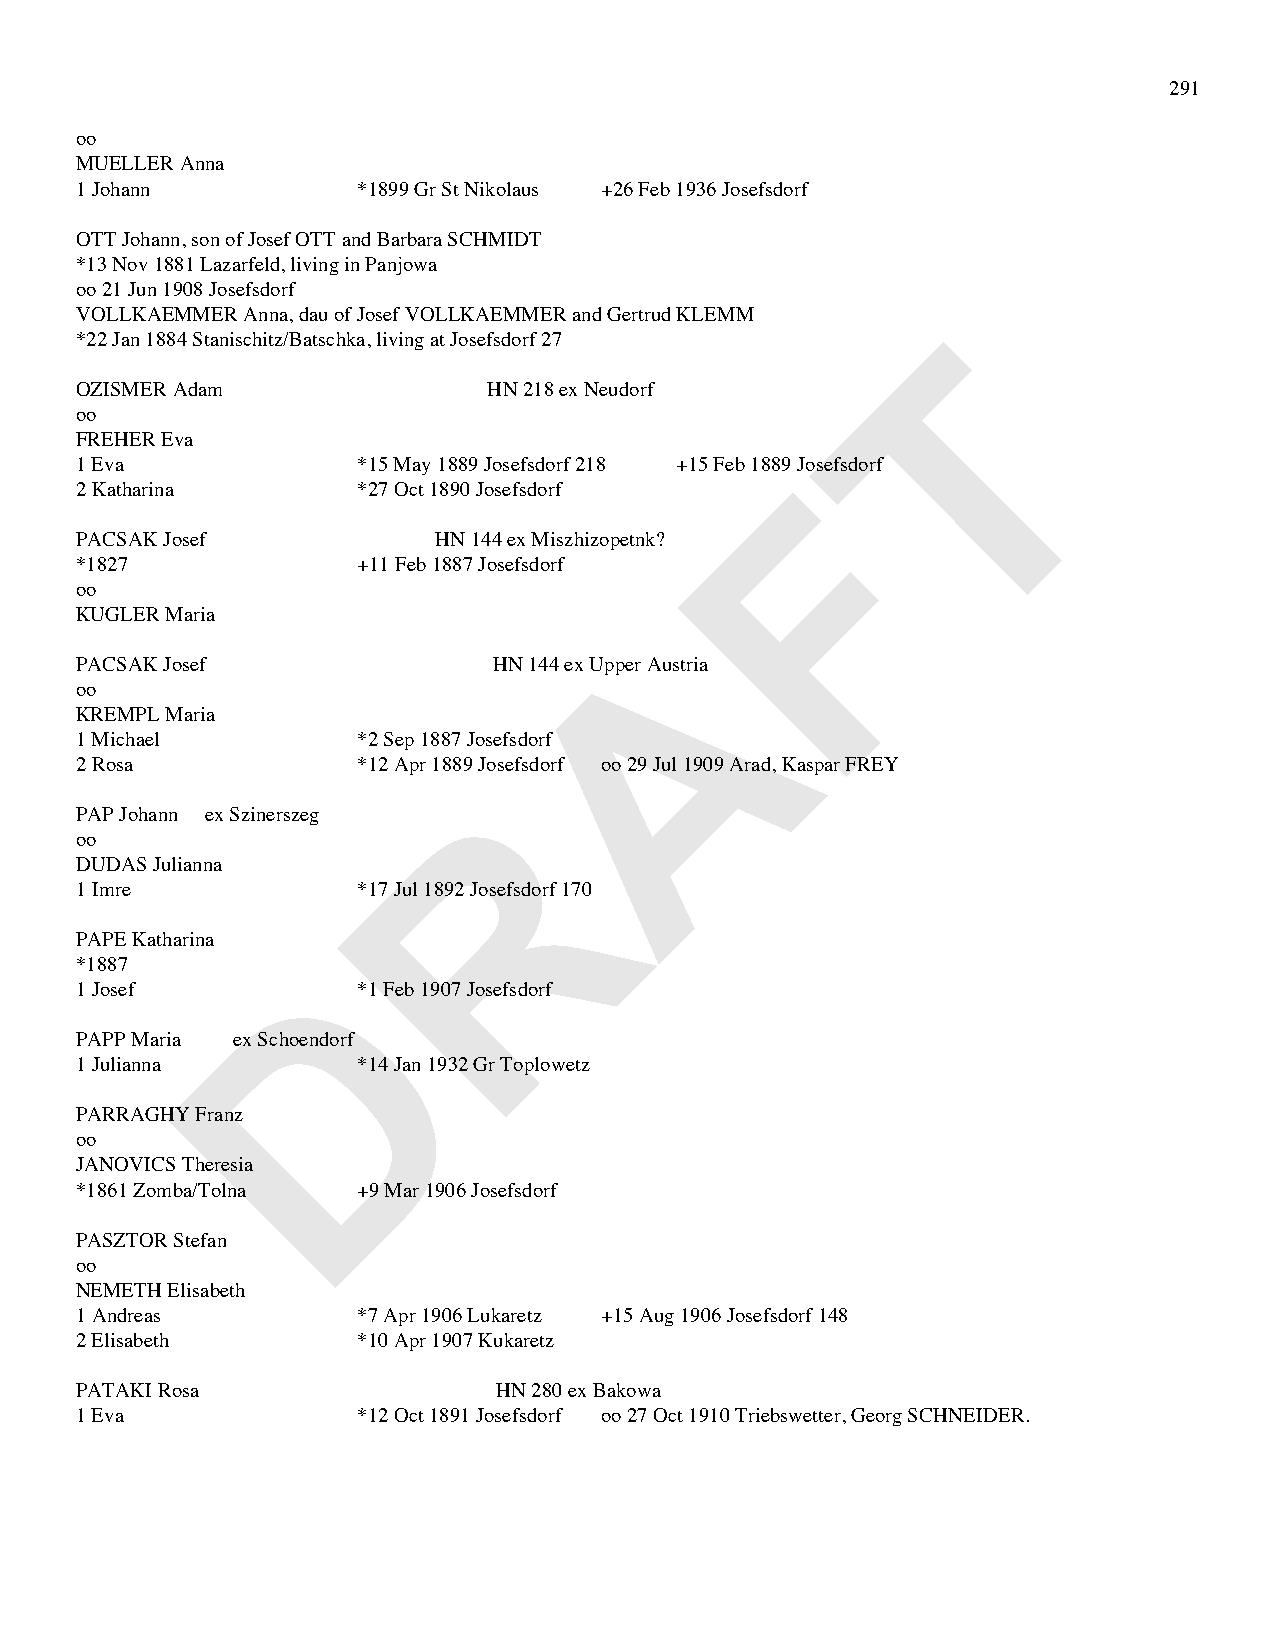
291
 oo
 MUELLER Anna
 1 Johann           *1899 Gr St Nikolaus +26 Feb 1936 Josefsdorf
 OTT Johann, son of Josef OTT and Barbara SCHMIDT
 *13 Nov 1881 Lazarfeld, living in Panjowa
 oo 21 Jun 1908 Josefsdorf
 VOLLKAEMMER Anna, dau of Josef VOLLKAEMMER and Gertrud KLEMM
 T
 *22 Jan 1884 Stanischitz/Batschka, living at Josefsdorf 27
 OZISMER Adam               HN 218 ex Neudorf
 oo
 FREHER Eva
 1 Eva              *15 May 1889 Josefsdorf 218 +15 Feb 1889F Josefsdorf
 2 Katharina        *27 Oct 1890 Josefsdorf
 PACSAK Josef            HN 144 ex Miszhizopetnk?
 *1827              +11 Feb 1887 Josefsdorf
 oo
 KUGLER Maria                         A
 PACSAK Josef                HN 144 ex Upper Austria
 oo
 KREMPL Maria
 1 Michael          *2 Sep 1887 Josefsdorf
 2 Rosa             *12 Apr 1889 Josefsdorf oo 29 Jul 1909 Arad, Kaspar FREY
 R
 PAP Johann ex Szinerszeg
 oo
 DUDAS Julianna
 1 Imre             *17 Jul 1892 Josefsdorf 170
 PAPE Katharina
 D
 *1887
 1 Josef            *1 Feb 1907 Josefsdorf
 PAPP Maria ex Schoendorf
 1 Julianna         *14 Jan 1932 Gr Toplowetz
 PARRAGHY Franz
 oo
 JANOVICS Theresia
 *1861 Zomba/Tolna  +9 Mar 1906 Josefsdorf
 PASZTOR Stefan
 oo
 NEMETH Elisabeth
 1 Andreas          *7 Apr 1906 Lukaretz +15 Aug 1906 Josefsdorf 148
 2 Elisabeth        *10 Apr 1907 Kukaretz
 PATAKI Rosa                 HN 280 ex Bakowa
 1 Eva              *12 Oct 1891 Josefsdorf oo 27 Oct 1910 Triebswetter, Georg SCHNEIDER.